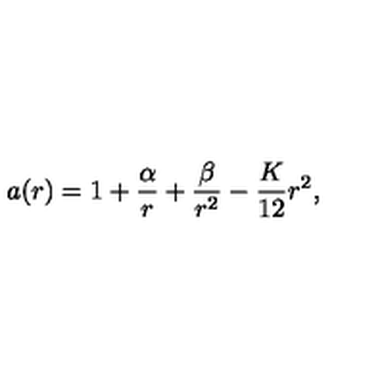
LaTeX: a ( r ) = 1 + \frac { \alpha } { r } + \frac { \beta } { r ^ { 2 } } - \frac { K } { 1 2 } r ^ { 2 } ,